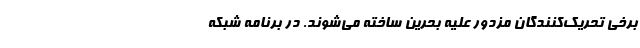
برخی تحریک‌کنندگان مزدور علیه بحرین ساخته می‌شوند. در برنامه شبکه